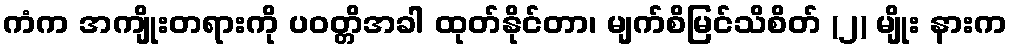
ကံက အကျိုးတရားကို ပဝတ္တိအခါ ထုတ်နိုင်တာ၊ မျက်စိမြင်သိစိတ် (၂) မျိုး နားက